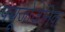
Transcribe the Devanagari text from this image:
फ्यूजोजेनिक